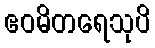
ဧဝမိတရေသုပိ